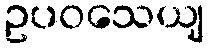
ဥပဝသေယျ